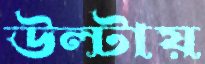
উল্‌টায়